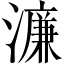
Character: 濂